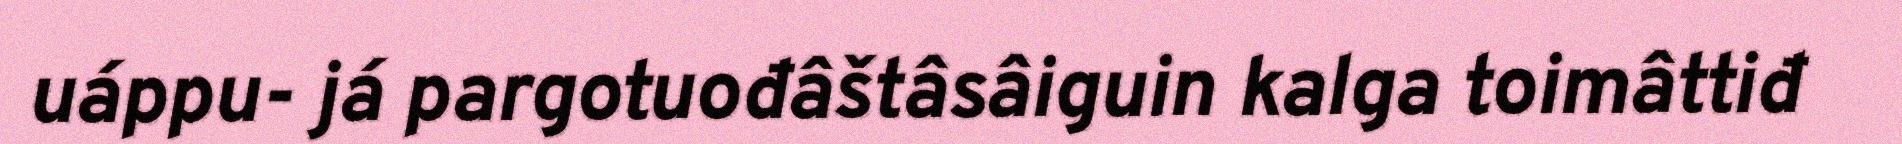
uáppu- já pargotuođâštâsâiguin kalga toimâttiđ